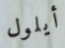
أيلول